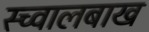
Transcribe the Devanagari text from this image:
स्च्वालबाख